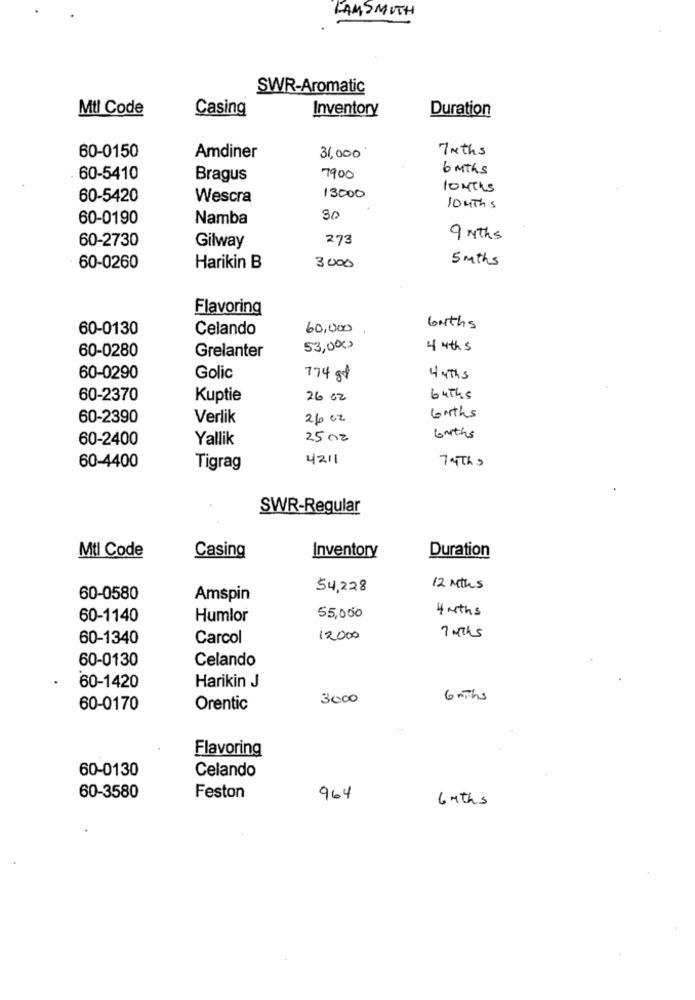
KAMSMITH
SWR-Aromatic
Mtl Code
Casing
Inventory
Duration
7 mths
60-0150
Amdiner
31,000
6 MThs
60-5410
Bragus
7900
MONTHS
60-5420
Wescra
13000
10 MThs
60-0190
Namba
60-2730
Gilway
273
9 NThs
5 mths
60-0260
Harikin B
3000
Flavoring
60-0130
Celando
60,000
baths
60-0280
Grelanter
53,000
4 4th s
60-0290
Golic
774 gt
4 MThs
60-2370
Kuptie
26 02
64Ths
60-2390
Verlik
260 cz
births
60-2400
Yallik
2500
boths
4211
7MThs
60-4400
Tigrag
SWR-Regular
Mtl Code
Casing
Inventory
Duration
54,228
12 Mths
60-0580
Amspin
4 moths
60-1140
Humlor
55,000
60-1340
Carcol
12000
7 4Ths
60-0130
Celando
60-1420
Harikin J
3000
6 mThs
60-0170
Orentic
Flavoring
60-0130
Celando
60-3580
Feston
964
6 Mths